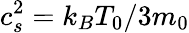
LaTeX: c_{s}^{2}=k_{B}T_{0}/3m_{0}